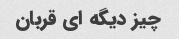
چیز دیگه ای قربان